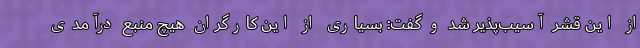
از این قشر آسیب‌پذیر شد و گفت: بسیاری از این کارگران هیچ منبع درآمدی